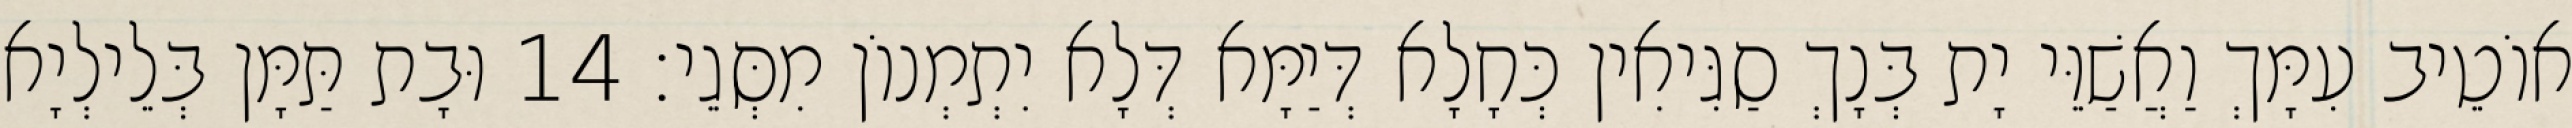
אוֹטֵיב עִמָּךְ וַאֲשַׁוֵּי יָת בְּנָךְ סַגִּיאִין כְּחָלָא דְּיַמָּא דְּלָא יִתְמְנוֹן מִסְּגֵי׃ 14 וּבָת תַּמָּן בְּלֵילְיָא